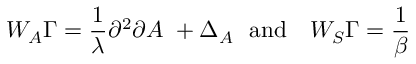
W _ { A } \Gamma = \frac { 1 } { \lambda } \partial ^ { 2 } \partial A \, \, + \Delta _ { A } \, \, \, \, \mathrm { \mathrm { a n d } } \, \, \, \, \, \, W _ { S } \Gamma = \frac { 1 } { \beta }